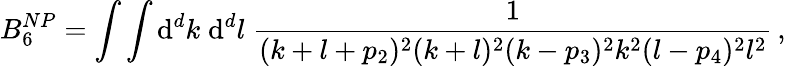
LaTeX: B_{6}^{NP}=\int\int\mathrm{d}^{d}k\; \mathrm{d}^{d}l\; \frac{1}{(k+l+p_{2})^{2}(k+l)^{2}(k-p_{3})^{2}k^{2}(l-p_{4})^{2}l^{2}}\, ,